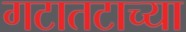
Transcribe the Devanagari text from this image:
गटातटाच्या